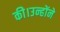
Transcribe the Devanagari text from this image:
की।उन्होंने